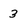
Character: 3